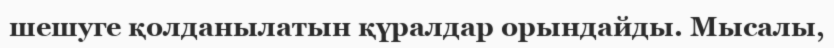
шешуге қолданылатын қүралдар орындайды. Мысалы,